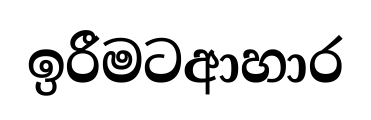
ඉරීමටආහාර